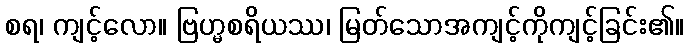
စရ၊ ကျင့်လော။ ဗြဟ္မစရိယဿ၊ မြတ်သောအကျင့်ကိုကျင့်ခြင်း၏။